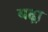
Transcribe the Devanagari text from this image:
बढ़़ा